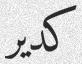
كدير